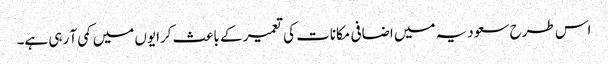
اس طرح سعودیہ میں اضافی مکانات کی تعمیر کے باعث کرایوں میں کمی آ رہی ہے۔